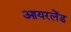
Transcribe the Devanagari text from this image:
आयरलेंड